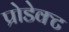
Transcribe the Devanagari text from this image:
प्रोडेक्ट